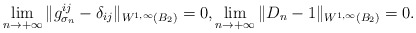
\begin{align*} \lim_{n\rightarrow + \infty} \| g^{ij}_{\sigma_n}- \delta_{ij}\|_{W^{1, \infty} (B_2)}=0, \lim_{n\rightarrow + \infty} \| D_n- 1\|_{W^{1, \infty} (B_2)}=0. \end{align*}